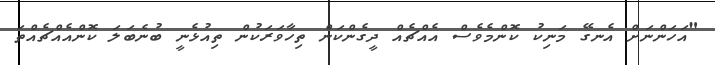
"އަހަންނަށް އެނގޭ މަނިކު ކޮންމެވެސް އެއްޗެއް ދީގެންކަން ތިހާވަރަކުން ތިއުޅެނީ ބުނެބަލަ ކޮންއެއްޗެއްތަ